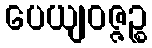
ပေယျဝဇ္ဇဉ္စ